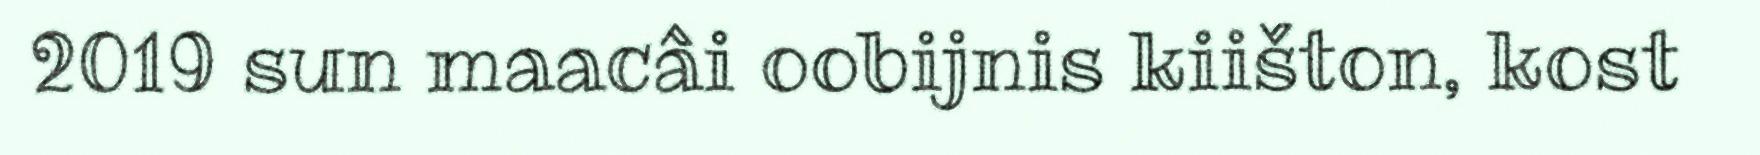
2019 sun maacâi oobijnis kiišton, kost